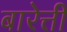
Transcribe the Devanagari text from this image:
बारेत्ती